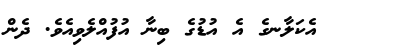
٢٨    އެކަލާނގެ އެ އުޑުގެ ބިނާ އުފުއްލެވިއެވެ. ދެން